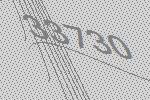
33730